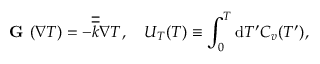
\textbf { G } ( \nabla T ) = - \overline { { \overline { { k } } } } \nabla T , \quad U _ { T } ( T ) \equiv \int _ { 0 } ^ { T } \mathrm { d } T ^ { \prime } C _ { v } ( T ^ { \prime } ) ,